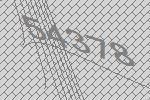
54378